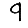
Digit: 9